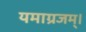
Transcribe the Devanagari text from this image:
यमाग्रजम्।